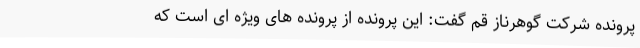
پرونده شرکت گوهرناز قم گفت: این پرونده از پرونده های ویژه ای است که